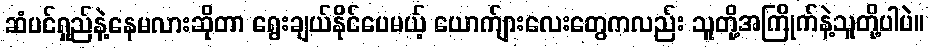
ဆံပင်ရှည်နဲ့နေမလားဆိုတာ ရွေးချယ်နိုင်ပေမယ့် ယောက်ျားလေးတွေကလည်း သူတို့အကြိုက်နဲ့သူတို့ပါပဲ။